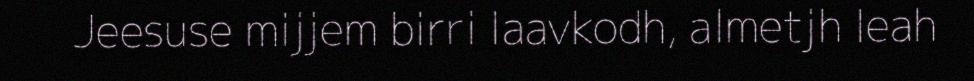
Jeesuse mijjem birri laavkodh, almetjh leah